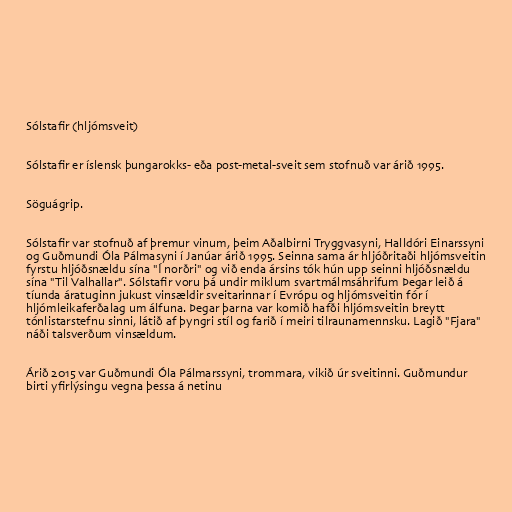
Sólstafir (hljómsveit)

Sólstafir er íslensk þungarokks- eða post-metal-sveit sem stofnuð var árið 1995.

Söguágrip.

Sólstafir var stofnuð af þremur vinum, þeim Aðalbirni Tryggvasyni, Halldóri Einarssyni
og Guðmundi Óla Pálmasyni í Janúar árið 1995. Seinna sama ár hljóðritaði hljómsveitin
fyrstu hljóðsnældu sína "Í norðri" og við enda ársins tók hún upp seinni hljóðsnældu
sína "Til Valhallar". Sólstafir voru þá undir miklum svartmálmsáhrifum Þegar leið á
tíunda áratuginn jukust vinsældir sveitarinnar í Evrópu og hljómsveitin fór í
hljómleikaferðalag um álfuna. Þegar þarna var komið hafði hljómsveitin breytt
tónlistarstefnu sinni, látið af þyngri stíl og farið í meiri tilraunamennsku. Lagið "Fjara"
náði talsverðum vinsældum.

Árið 2015 var Guðmundi Óla Pálmarssyni, trommara, vikið úr sveitinni. Guðmundur
birti yfirlýsingu vegna þessa á netinu